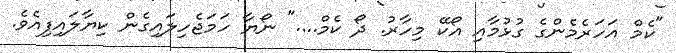
"ކެމް އަހަރެމެންގެ ގުޅުމާއި އޯކޭ މިހާރު. ދޯ ކެމް...." ނޯޔާ ހަމަޖެހިލައިގެން ކިޔާލައިފިއެވެ.